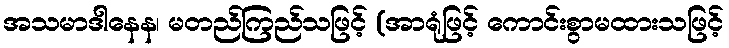
အသမာဒါနေန၊ မတည်ကြည်သဖြင့် (အာရုံဖြင့် ကောင်းစွာမထားသဖြင့်